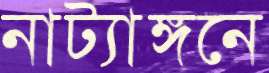
নাট্যাঙ্গনে